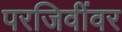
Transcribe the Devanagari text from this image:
परजिवींवर